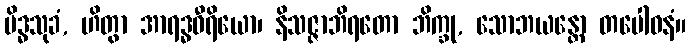
မိဒ္ဓသုခံ, ဟိတွာ အာရဒ္ဓဝီရိယော၊ နိသဇ္ဇာဘိရတော ဘိက္ခု, သောဘယန္တော တပေါဝနံ။